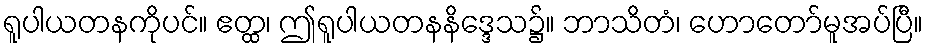
ရူပါယတနကိုပင်။ ဧတ္ထ၊ ဤရူပါယတနနိဒ္ဒေသ၌။ ဘာသိတံ၊ ဟောတော်မူအပ်ပြီ။